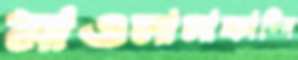
মাওলানাকান্দি